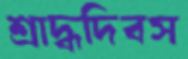
শ্রাদ্ধদিবস